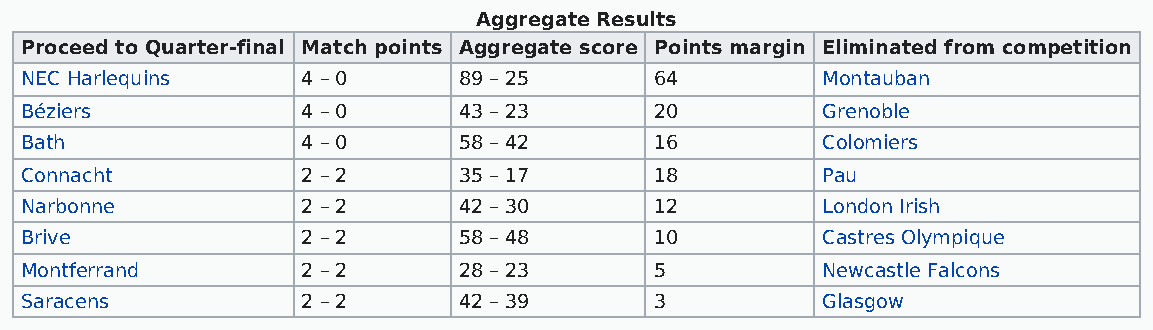
Aggregate Results
 Proceed to Quarter-final Match points Aggregate score Points margin Eliminated from competition
 NEC Harlequins     4 – 0     89 – 25      64         Montauban
 Béziers            4 – 0     43 – 23      20         Grenoble
 Bath               4 – 0     58 – 42      16         Colomiers
 Connacht           2 – 2     35 – 17      18         Pau
 Narbonne           2 – 2     42 – 30      12         London Irish
 Brive              2 – 2     58 – 48      10         Castres Olympique
 Montferrand        2 – 2     28 – 23      5          Newcastle Falcons
 Saracens           2 – 2     42 – 39      3          Glasgow